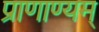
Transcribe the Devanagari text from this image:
प्राणाण्यम्